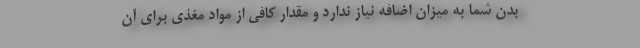
بدن شما به میزان اضافه نیاز ندارد و مقدار کافی از مواد مغذی برای آن